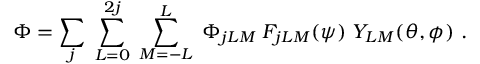
\Phi = \sum _ { j } \; \sum _ { L = 0 } ^ { 2 j } \; \sum _ { M = - L } ^ { L } \; \Phi _ { j L M } \; F _ { j L M } ( \psi ) \; Y _ { L M } ( \theta , \phi ) \ .